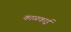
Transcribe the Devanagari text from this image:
काळकाई